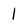
Character: 1